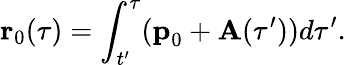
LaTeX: \textbf{r}_{0}(\tau)=\displaystyle\int_{t^{\prime}}^{\tau}(\textbf{p}_{0}+\textbf{A}(\tau^{\prime}))d\tau^{\prime}.